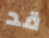
قد